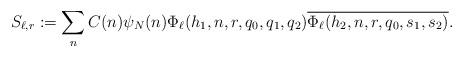
LaTeX: \begin{align*} S_{\ell,r}:= \sum_n C(n)\psi_N(n) \Phi_{\ell}(h_1,n, r, q_0,q_1,q_2) \overline{\Phi_{\ell}( h_2,n, r,q_0,s_1,s_2)}.\end{align*}